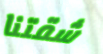
شقتنا